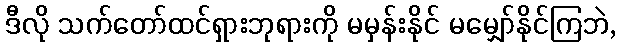
ဒီလို သက်တော်ထင်ရှားဘုရားကို မမှန်းနိုင် မမျှော်နိုင်ကြဘဲ,